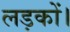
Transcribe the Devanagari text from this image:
लड़कों।